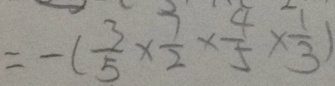
= - ( \frac { 3 } { 5 } \times \frac { 7 } { 2 } \times \frac { 4 } { 5 } \times \frac { 1 } { 3 } )